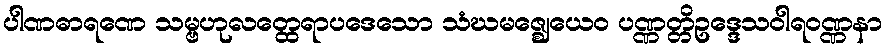
ပါဏဓာရဏေ သမ္ဗဟုလတ္ထေရာပဒေသော သံဃမဇ္ဈေယေဝ ပဏ္ဏတ္တိဥဒ္ဒေသဝါရဝဏ္ဏနာ